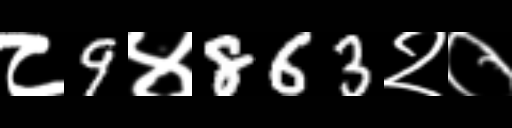
Text: ८9४863२०